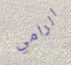
الرامي